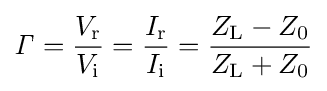
{\mathit {\Gamma }}={\frac {V_{\mathrm {r} }}{V_{\mathrm {i} }}}={\frac {I_{\mathrm {r} }}{I_{\mathrm {i} }}}={\frac {Z_{\mathrm {L} }-Z_{\mathrm {0} }}{Z_{\mathrm {L} }+Z_{\mathrm {0} }}}